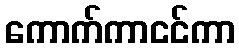
ကောက်ကာငင်ကာ